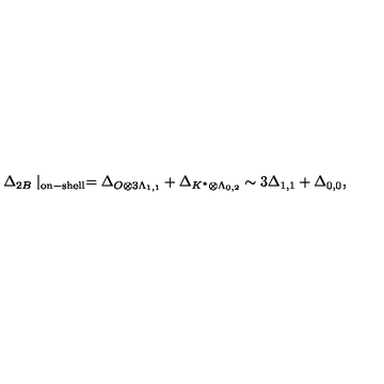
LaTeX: \Delta _ { 2 B } \mid _ { \mathrm { o n - s h e l l } } = \Delta _ { O \otimes 3 \Lambda _ { 1 , 1 } } + \Delta _ { K ^ { \ast } \otimes \Lambda _ { 0 , 2 } } \sim 3 \Delta _ { 1 , 1 } + \Delta _ { 0 , 0 } ,